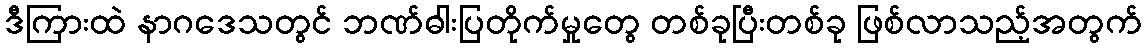
ဒီကြားထဲ နာဂဒေသတွင် ဘဏ်ဓါးပြတိုက်မှုတွေ တစ်ခုပြီးတစ်ခု ဖြစ်လာသည့်အတွက်